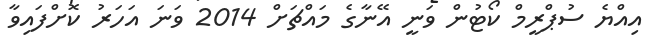
އިއްޔެ ސުޕްރީމް ކޯޓުން ވަނީ އޭނާގެ މައްޗަށް 2014 ވަނަ އަހަރު ކޮށްފައިވާ